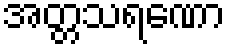
အတ္တသရဏော